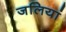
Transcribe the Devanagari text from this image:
जलियां